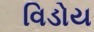
વિડોય